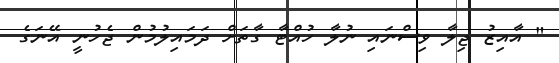
" އާއިޒު ޖިލާ ވިސްނައި ނުލާ ހުއްޓާ ގާތަށް ދަމައިލުމުން ޖެހުނީ އޭނަގެ